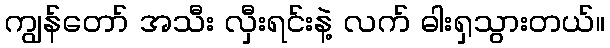
ကျွန်တော် အသီး လှီးရင်းနဲ့ လက် ဓါးရှသွားတယ်။